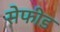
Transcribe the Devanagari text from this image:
सेफीड